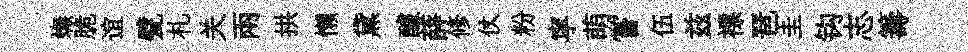
嫵脆谊甓札关兩拱懶黛醵薛修仗粉寜萌嘗伍兹褾琶圭钩志籌